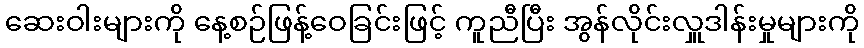
ဆေးဝါးများကို နေ့စဉ်ဖြန့်ဝေခြင်းဖြင့် ကူညီပြီး အွန်လိုင်းလှူဒါန်းမှုများကို